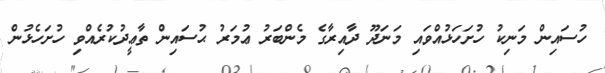
ހުސައިން މަނިކު ހުށަހަޅުއްވައި މަނަދޫ ދާއިރާގެ މެންބަރު ޢުމަރު ޙުސައިން ތާޢީދުކުރެއްވި ހުށަހެޅުން